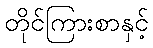
တိုင်ကြားစာနှင့်